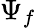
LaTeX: \Psi_{f}